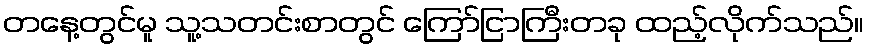
တနေ့တွင်မူ သူ့သတင်းစာတွင် ကြော်ငြာကြီးတခု ထည့်လိုက်သည်။